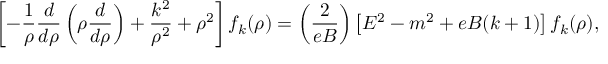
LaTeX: \left[ - \frac { 1 } { \rho } \frac { d } { d \rho } \left( \rho \frac { d } { d \rho } \right) + \frac { k ^ { 2 } } { \rho ^ { 2 } } + \rho ^ { 2 } \right] f _ { k } ( \rho ) = \left( \frac { 2 } { e B } \right) \left[ E ^ { 2 } - m ^ { 2 } + e B ( k + 1 ) \right] f _ { k } ( \rho ) ,